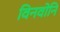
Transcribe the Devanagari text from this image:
विनवोनि